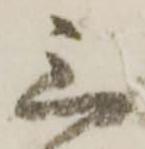
三